Vaccine operations Central Provinces 1868-1885 - 1868-1885
Year: 1868
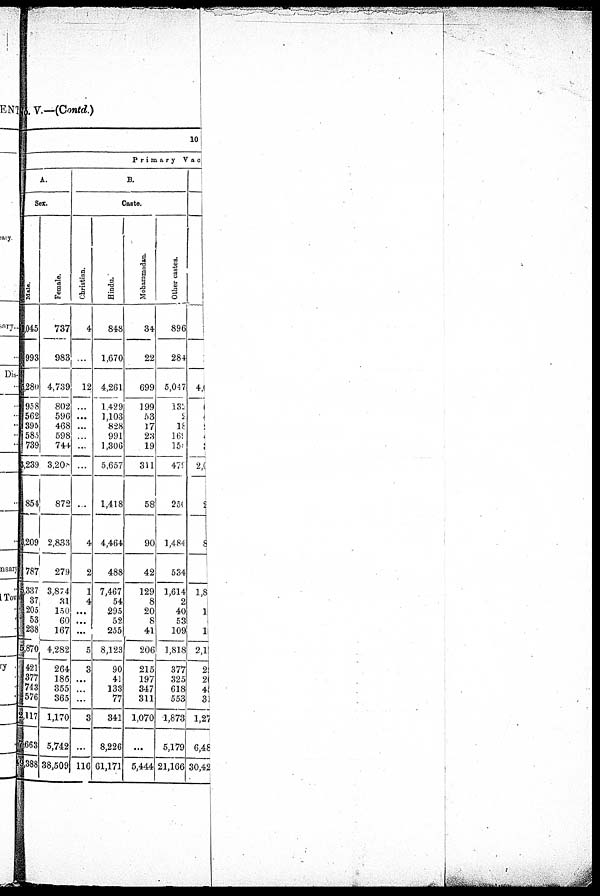
No. V.—(Contd.)
10
Primary Vac
A.
Sex.
Male.
1045
993
5, 280
958
562
395
585
739
5,239
854
3,209
787
5,337
37
205
53
238
5,870
421
377
743
576
2,117
7,663
49,388
Female.
737
983
4,739
802
596
468
598
744
3,208
872
2,833
279
3,874
31
150
60
167
4,282
264
186
355
365
1,170
5,742
38,509
B.
Caste.
Christian.
4
...
12
…
...
…
...
...
...
...
4
2
1
4
...
...
...
5
3
...
...
...
3
...
116
Hindu.
848
1,670
4,261
1,429
1,103
828
991
1,306
5,657
1,418
4,464
488
7,467
54
295
52
255
8,123
90
41
133
77
341
8,226
61,171
Mohammadan.
34
22
699
199
53
17
23
19
311
58
90
42
129
8
20
8
41
206
215
197
347
311
1,070
...
5,444
Other castes.
896
284
5,047
132
2
18
169
159
479
250
1,484
534
1,614
2
40
53
109
1,818
377
325
618
553
1,873
5,179
21,166
4,
2,
9
8
1,8
1
1
2,1
2
2
4
3
1,27
6,46
30,42